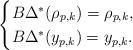
LaTeX: \begin{align*}\begin{cases}B\Delta^*(\rho_{p,k})=\rho_{p,k},\\B\Delta^*(y_{p,k})=y_{p,k}.\end{cases}\end{align*}